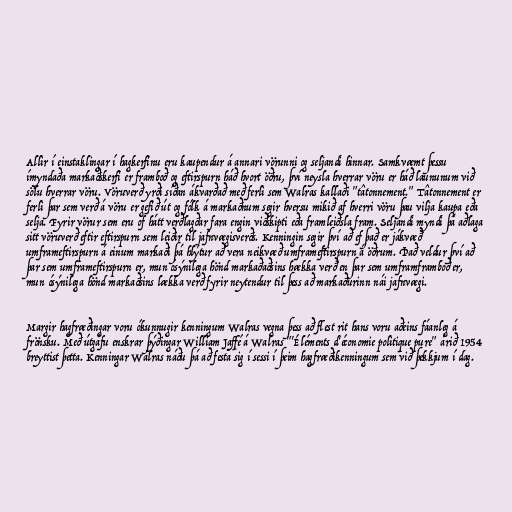
Allir í einstaklingar í hagkerfinu eru kaupendur á annari vörunni og seljandi hinnar. Samkvæmt þessu
ímyndaða markaðskerfi er framboð og eftirspurn háð hvort öðru, því neysla hverrar vöru er háð laununum við
sölu hverrar vöru. Vöruverð yrði síðan ákvarðað með ferli sem Walras kallaði "tâtonnement." Tâtonnement er
ferli þar sem verð á vöru er gefið út og fólk á markaðnum segir hversu mikið af hverri vöru þau vilja kaupa eða
selja. Fyrir vörur sem eru of hátt verðlagðar fara engin viðskipti eða framleiðsla fram. Seljandi myndi þá aðlaga
sitt vöruverð eftir eftirspurn sem leiðir til jafnvægisverðs. Kenningin segir því að ef það er jákvæð
umframeftirspurn á einum markaði þá hlýtur að vera neikvæð umframeftirspurn á öðrum. Það veldur því að
þar sem umframeftirspurn er, mun ósýnilega hönd markaðaðsins hækka verð en þar sem umframframboð er,
mun ósýnilega hönd markaðsins lækka verð fyrir neytendur til þess að markaðurinn nái jafnvægi.

Margir hagfræðingar voru ókunnugir kenningum Walras vegna þess að flest rit hans voru aðeins fáanleg á
frönsku. Með útgáfu enskrar þýðingar William Jaffé á Walras "'Éléments d'économie politique pure" árið 1954
breyttist þetta. Kenningar Walras náðu þá að festa sig í sessi í þeim hagfræðikenningum sem við þekkjum í dag.